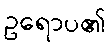
ဥရောပ၏